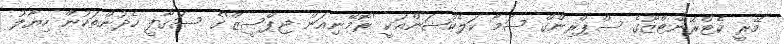
މޭރީ ކެޓްރޭންޓްޒޫގެ ސްޕްރިންގް ސަމާ ކަލެކްޝަންއަކީ 'ރޮމޭނިއަން ޖިޕްސީޒް'ގެ ސަގާފީ ހެދުންތަކުން ހިޔާލު